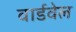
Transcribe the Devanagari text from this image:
वार्डवेल